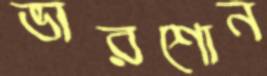
ভারশোন